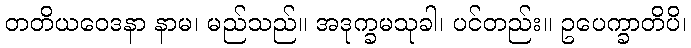
တတိယဝေဒနာ နာမ၊ မည်သည်။ အဒုက္ခမသုခါ၊ ပင်တည်း။ ဥပေက္ခာတိပိ၊